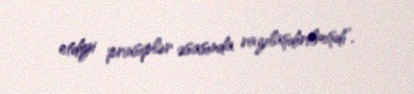
etdiyi prinsiplər əsasında razılaşdırılmışdı”.